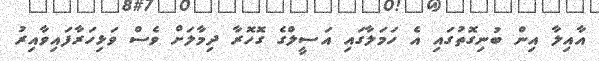
އާއިލާ އިން ބުނިގޮތުގައި އެ ހަމަލާގައި އަސީލްގެ ގޮހޮރާ ދިމާލަށް ވެސް ވަޅިހަރާފައިވާއިރު